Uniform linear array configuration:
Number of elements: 32
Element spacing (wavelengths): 1
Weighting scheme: exponential
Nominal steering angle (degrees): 60
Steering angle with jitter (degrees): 60.046
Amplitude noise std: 0.05
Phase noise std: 0.05

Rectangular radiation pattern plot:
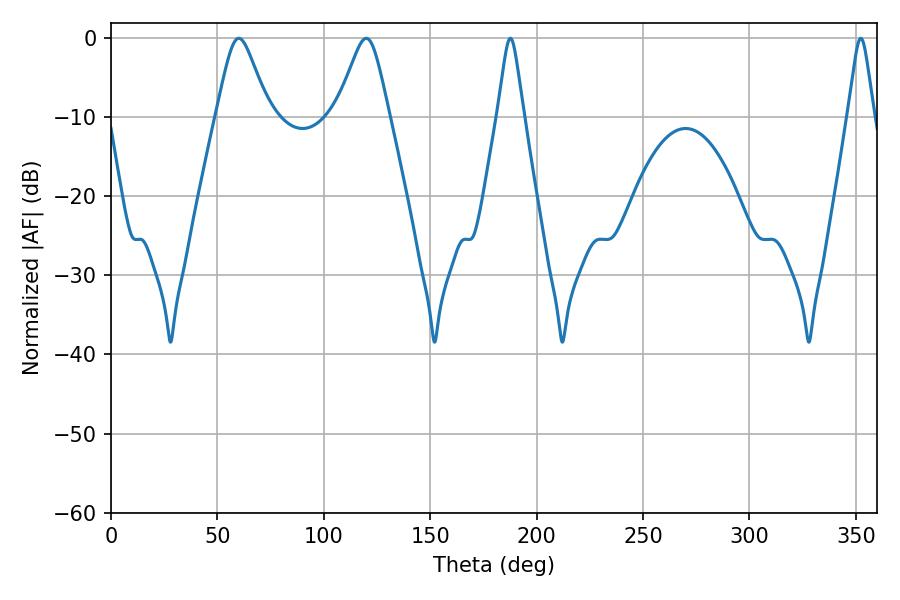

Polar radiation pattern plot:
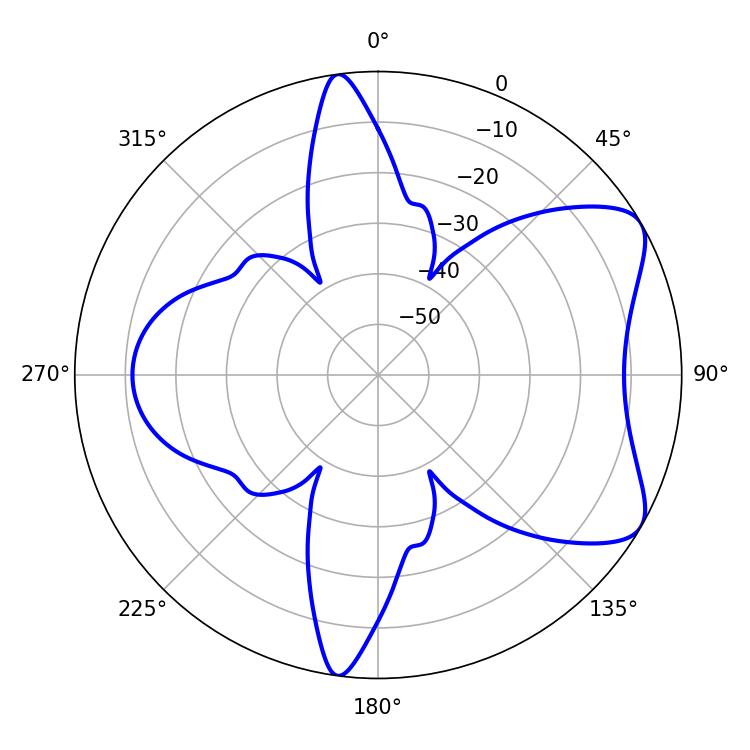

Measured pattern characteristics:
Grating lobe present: TRUE
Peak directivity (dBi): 7.041
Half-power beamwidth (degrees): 11.88
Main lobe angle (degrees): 60.12